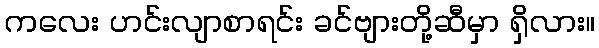
ကလေး ဟင်းလျာစာရင်း ခင်ဗျားတို့ဆီမှာ ရှိလား။